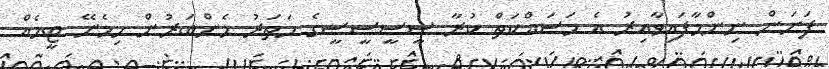
ފަށަން ނިންމާފައިވާއިރު އެ މަސައްކަތް ކުރާ ސީސީސީސީގެ ހަތަރު މެންބަރުން ހިމެނޭ ޓީމެއް